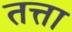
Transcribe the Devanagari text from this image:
तत्ता